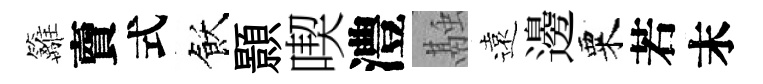
籬𧶠式飫顥喫澧融遠邊粟若末